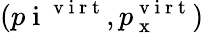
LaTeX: (p\mathrm{~i~}^{\mathrm{~v~i~r~t~}},p_{\mathrm{~x~}}^{\mathrm{~v~i~r~t~}})